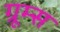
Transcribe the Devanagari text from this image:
ग्रूम्स